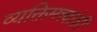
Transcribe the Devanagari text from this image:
व्यक्तिमत्त्वांशी